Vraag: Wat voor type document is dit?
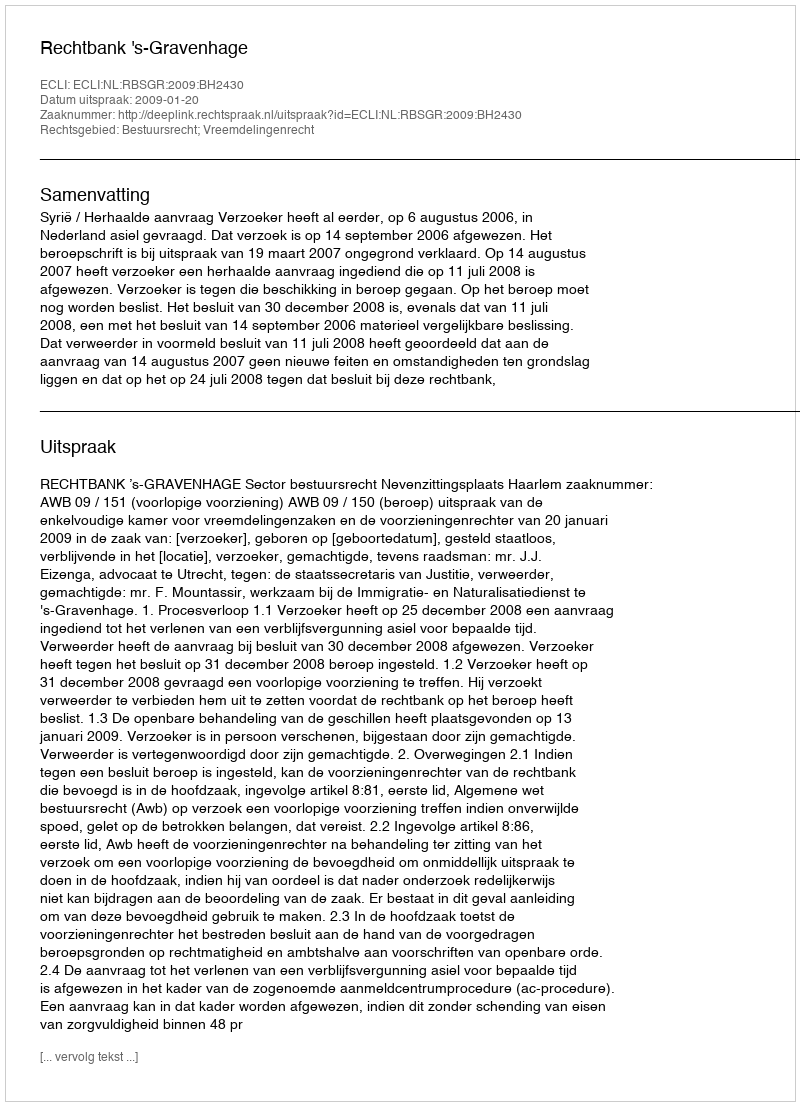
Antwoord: Uitspraak